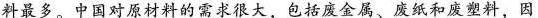
料最多。中国对原材料的需求很大，包括废金属、废纸和废塑料，因